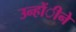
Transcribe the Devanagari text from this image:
उन्होंीने